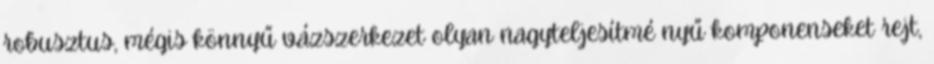
robusztus, mégis könnyű vázszerkezet olyan nagyteljesítmé nyű komponenseket rejt,